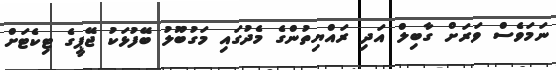
ނަމަވެސް ވަރަށް ގާބިލް އަދި ރައްޔިތުންގެ މެދުގައި މަގުބޫލު ބޭފުޅަކު ޖޭޕީގެ ޓިކެޓަށް